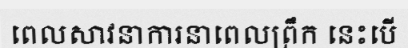
ពេលសាវនាការនាពេលព្រឹក នេះបើ